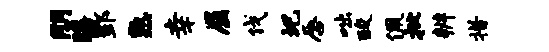
朋膳酆熟幸屈伐圯唇咄酸佩批辨措